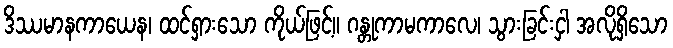
ဒိဿမာနကာယေန၊ ထင်ရှားသော ကိုယ်ဖြင့်။ ဂန္တုကာမကာလေ၊ သွားခြင်းငှါ အလိုရှိသော